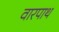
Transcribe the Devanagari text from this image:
वारपाथ